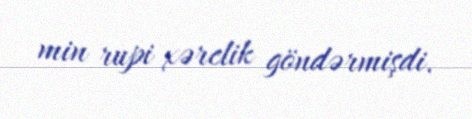
min rupi xərclik göndərmişdi.